Calcutta medical institutions reports 1892-1900
Year: 1892
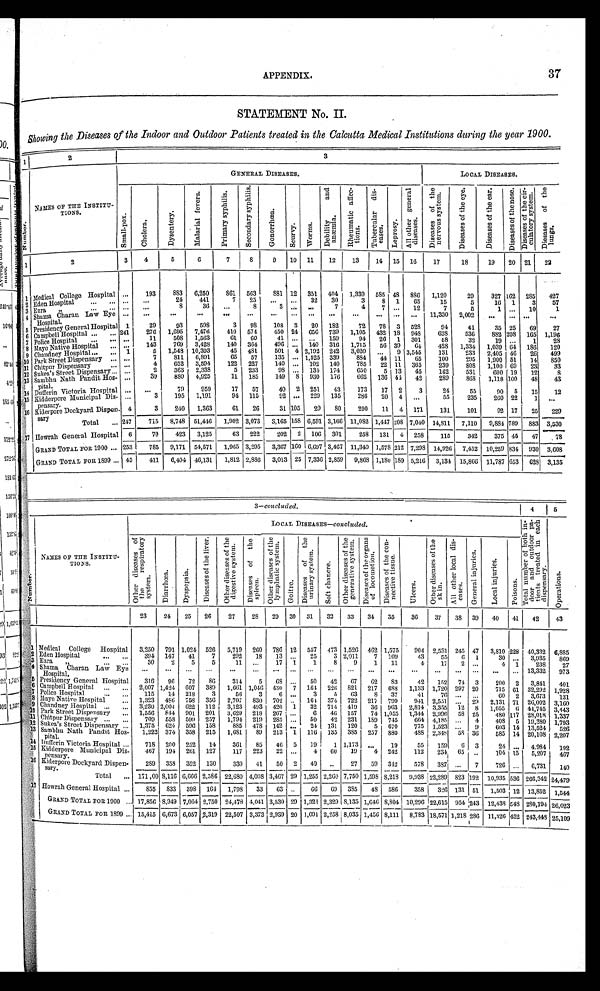
APPENDIX.
37
STATEMENT No. II.
Showing the Diseases of the Indoor and Outdoor Patients treated in the Calcutta Medical Institutions during the year 1900.
1
2
3
N u m b e r .
NAMES OF THE INSTITU-
TIONS.
GENERAL DISEASES.
LOCAL DISEASES.
S m a l l - p o x .
C h o l e r a .
D y s e n t e r y .
M a l a r i a l f e v e r s .
P r i m a r y s y p h i l i s .
S e c o n d a r y s y p h i l i s .
G o n o r r h œ a .
S c u r v y .
W o r m s .
D e b i l i t y a n d a n œ m i a .
R h e u m a t i c a f f e c - t i o n s .
T u b e r c u l a r d i s - e n s e s .
L e p r o s y .
A l l o t h e r g e n e r a l d i s e a s e s .
D i s e a s e s o f t h e n e r v o u s s y s t e m .
D i s e a s e s o f t h e e y e .
D i s e a s e s o f t h e e a r .
D i s e a s e s o f t h e n o s e . D i s e a s e s o f t h e c i r - c u l a t o r y s y s t e m .
D i s e a s e s o f t h e l u n g s .
1
2
3
4
5
6
7
8
9 10 11
12
13
14 15 16
17
18
19 20 21 22
1
M e d i c a l C o l l e g e H o s p i t a l ...
193
883 6,250
861 563
881 12 351 404 1,339 585 48 886 1,120
29
327 162 285 427
2 E d e n H o s p i t a l
. . .
. . .
24
441
7 25 ... ... 32 30
3
8 1 65
15
5
16 1
3
57
3
Ezra "
. . .
. . .
8
36 ...
8
3 ...
. . .
7
4
7 ... 12
7
5
1
. . .
10
1
4 Shama Charan Law Eye Hospital. ... ...
. . .
. . .
. . .
. . .
. . .
. . .
. . .
. . .
. . .
. . .
. . .
. . .
11,330 2,002
. . .
... ...
5
Presidency General Hospital 1
29
93
598
3 98
108 3 20 182
72 78 3 528
94
41
35 25 69
27
6 C a m p b e l l H o s p i t a l
241
276 1,695 7,476
410 574
450 24 656 739 1,105 432 18 948
628
536
882 208 165 1,196
7
Pol i c e Hos pi t a l
. . .
11
508 1,563
61 60
41 ...
. . .
159
94 26 1 301
58
32
19
. . .
1
28
8
M a y o N a t i v e H o s p i t a l
. . .
143
769 3,428
140 364
496
. . .
140 316 1,715 56 39 64
428 1,334
1 , 0 3 9
6 4 1 8 6
1 2 0
9
C h a n d n e y H o s p i t a l 1
5 1,548 10,393
45 481
501 4 2,192 242 3,020
. . .
9 3,545
131
233 2,405 46 26 499
1 0
P a r k S t r e e t D i s p e n s a r y
. . .
7
811 6,891
65 57
135 ... 1,525 339
884 44 11 65
100
295 1,900 51 14 850
1 1
Park Street Dispensary
. . .
4
652 3,594
122 227
140
. . .
102 140
785 22 11 365
239
808 1,100 69 23
33
1 2
S u k e a ' s S t r e e t D i s p e n s a r y
. . .
2
363 2,338
5 233
98
. . .
134 174
650
5 13 45
162
531
600 19 12
8
13 Sambhu Nat h Pandi t Hos- pi t al .
...
39
880 4,925
11 185
149
8
930 176
662 136 44 42
289
868 1,118 100 48
43
1 4
Dufferin Victoria Hospital ... ...
79
959
17 57
40 2 251 43
173 17 2
3
24
55
90 5 15
12
15 Ki d d e r p o r e Mu n i c i p a l Di s - p e n s a r y .
. . .
3
195 1,191
94 115
92 ... 229 135
286 20 4 ...
55
235
260 22
1 ...
16
K i d e r p o r e D o c k y a r d D i s p e n - s a r y
4
3
240 1,363
61 26
31 105 29 80
290 11 4 171
131
101
92 17 25 229
Total
247
715 8,748 51,446 1,902 3,073 3,165 158 6,591 3,166 11,082 1,447 208 7,040 14,811 7,110 9,884 789 883 3,530
17 Howrah General Hospital 6
70
423 3,125
63 222
202 2 106 301
258 131 4 258
115
342
375 45 47
78
GRAND TOTAL FOR 1900
253
785 9,171 54,571 1,965 3,295 3,367 160 6,697 3,467 11,340 1,578 212 7,298 14,926 7,452 10,259 834 930 3,608
GRAND TOTAL FOR 1899
45
411 6,404 46,131 1,812 2,886 3,013 25 7,336 2,859 9,868 1,180 189 5,216 3,134 15,866 11,787 653 628 3,135
3—concluded.
4
N u m b e r .
NAMES OF THE INSTITU-
TIONS.
LOCAL
DISEASES—concluded.
T o t a l n u m b e r o f b o t h i n - d o o r a n d o u t d o o r p a - t i e n t s t r e a t e d i n e a c h d i s p e n s a r y .
O t h e r d i s e a s e s o f t h e r e s p i r a t o r y s y s t e m .
D i a r r h œ a .
D y s p e p s i a .
D i s e a s e s o f t h e l i v e r .
O t h e r d i s e a s e s o f t h e d i g e s t i v e s y s t e m .
D i s e a s e s o f t h e s p l e e n .
O t h e r d i s e a s e s o f t h e l y m p h a t i c s y s t e m .
G o i t r e . D i s e a s e s o f t h e u r i n a r y s y s t e m .
S o f t c h a n c r e .
O t h e r d i s e a s e s o f t h e g e n e r a t i v e s y s t e m .
D i s e a s e s o f t h e o r g a n s o f l o c o m o t i o n .
D i s e a s e s o f t h e c o n - n e c t i v e t i s s u e .
U l c e r s .
O t h e r d i s e a s e s o f t h e s k i n .
A l l o t h e r l o c a l d i s - e a s e s .
G e n e r a l i n j u r i e s .
L o c a l i n j u r i e s .
P o i s o n s .
23
24 25 26
27
28 29
3 0
31 32 33 34 35
36
37 38 39 40 41 42
43
1
Medical College Hospital 3,250 791 1,024 526 5,719 200 786 12 557 473 1,526 462 1,575
904 2,531 245 47 3,810 228 40,332 6,885
2 Eden Hospital
394 147 41
7
292 18 13
. . .
25
3 2,011
7 109
43
55
6
1
30
. . .
3,935 869
3 Ezra "
30
2
5
5
11 ...
17 1
1
8
9
1 11
4
17 2
. . .
4 1
238
27
4 Shama Charan Law Eye
Hospital.
...
... ... ...
...
. . .
. . .
...
. . .
... ... ... ...
... ... ...
... ... ... 13,332 973
5 Presidency General Hospital
316 96 72 86
314
5 68 ... 50 42 67 62 83
42 152 74 3
200 2 3,841
6
Campbell Hospital
2,007 1,424 607 389 1,661 1,046 430 7 164 226 821 217 688 1,133 1,720 297 20
715 61 32,292
7 Police Hospital
115 14 218
3
56
3
6 ...
3
5 63
8 37
41
76 ...
. . .
60 2 3,673
8 Mayo Native Hospital.
1,323 486 758 356 2,707 830 702 ... 164 374 722 217 799
941 2,551 ... 29 2,131 71 26,002
9
Chandney Hospital
3,230 2,00 4
622 112 3,123 493 420 1 3,2 714 419 36 963 2,814 3,355 12 8 1,055
6
44,745 3,443
1 0
Park Street Dispensary
1,556 844 901 201 3,629 218 267
. . .
6 46 157 74 1,055 1,344 2,996 58 25
480 117 28,018 1,337
1 1
Chitpur Dispensary
709 558 599 257 1,794 219 285 ... 50 42 231 189 745
664 4,185 ... 4
408 5 19,380
1 2
Sukea's Street Dispensary
1,375 624 596 158
885 478
1 4 2
... 24 131 120
5 670
775 1,523 ... 9
603 14 13,524
1 3
Sambhu Nath Pandit Hos-
pital.
1,222 374 358 215 1,681 89 213 1 116 135 385 257 880
488 2,348 58 36
585 14 20,108 2,207
14 Dufferin Victoria Hospital
718 200 252 14
361 85 46 5 19
1 1,173 ...
19
55 159
6
3
24
. . .
4.984
15 Kidderpore Municipal Di s - pens ar y. 467 194 261 127
117 223 22 ...
4 60 19
4 242
112 234 65 ..
104 15 5,207 467
16 Kiderpore Dockyard Dispen-
sary.
289 358 352 130
330 41 50 2 40 ..
27 59 342
578 387 ... 7
726 ... 6,731 140
Total
171,00 8,116 6,666 2,586 22,680 4,008 3,467 29 1,255 2,260 7,750 1,598 8,218 9,938
2 2 , 2 8 9
823 192 10,935 536 266,342 24,479
1 7
Howrah General Hospital
855 833 398 164 1,798 33 63
. .
66 69 385 48 586
358 326 131
5 1
1,503 12 13,852 1,544
GRAND TOTAL FOR 1900
17,856 8,949 7,064 2,750 24,478 4,041 3,530 29 1,321 2,329 8,135 1,646 8,804 10,296 22,615 954 243 12,438 548 280,194 26,023
GRAND TOTAL FOR 1899
15,415 6,673 6,057 2,319 22,507 3,373 2,939 20 1,091 2,258 8,035 1,456 8,111 8,783
1 8 , 5 7 1
1,218 286 11,326 432 243,448 25,109